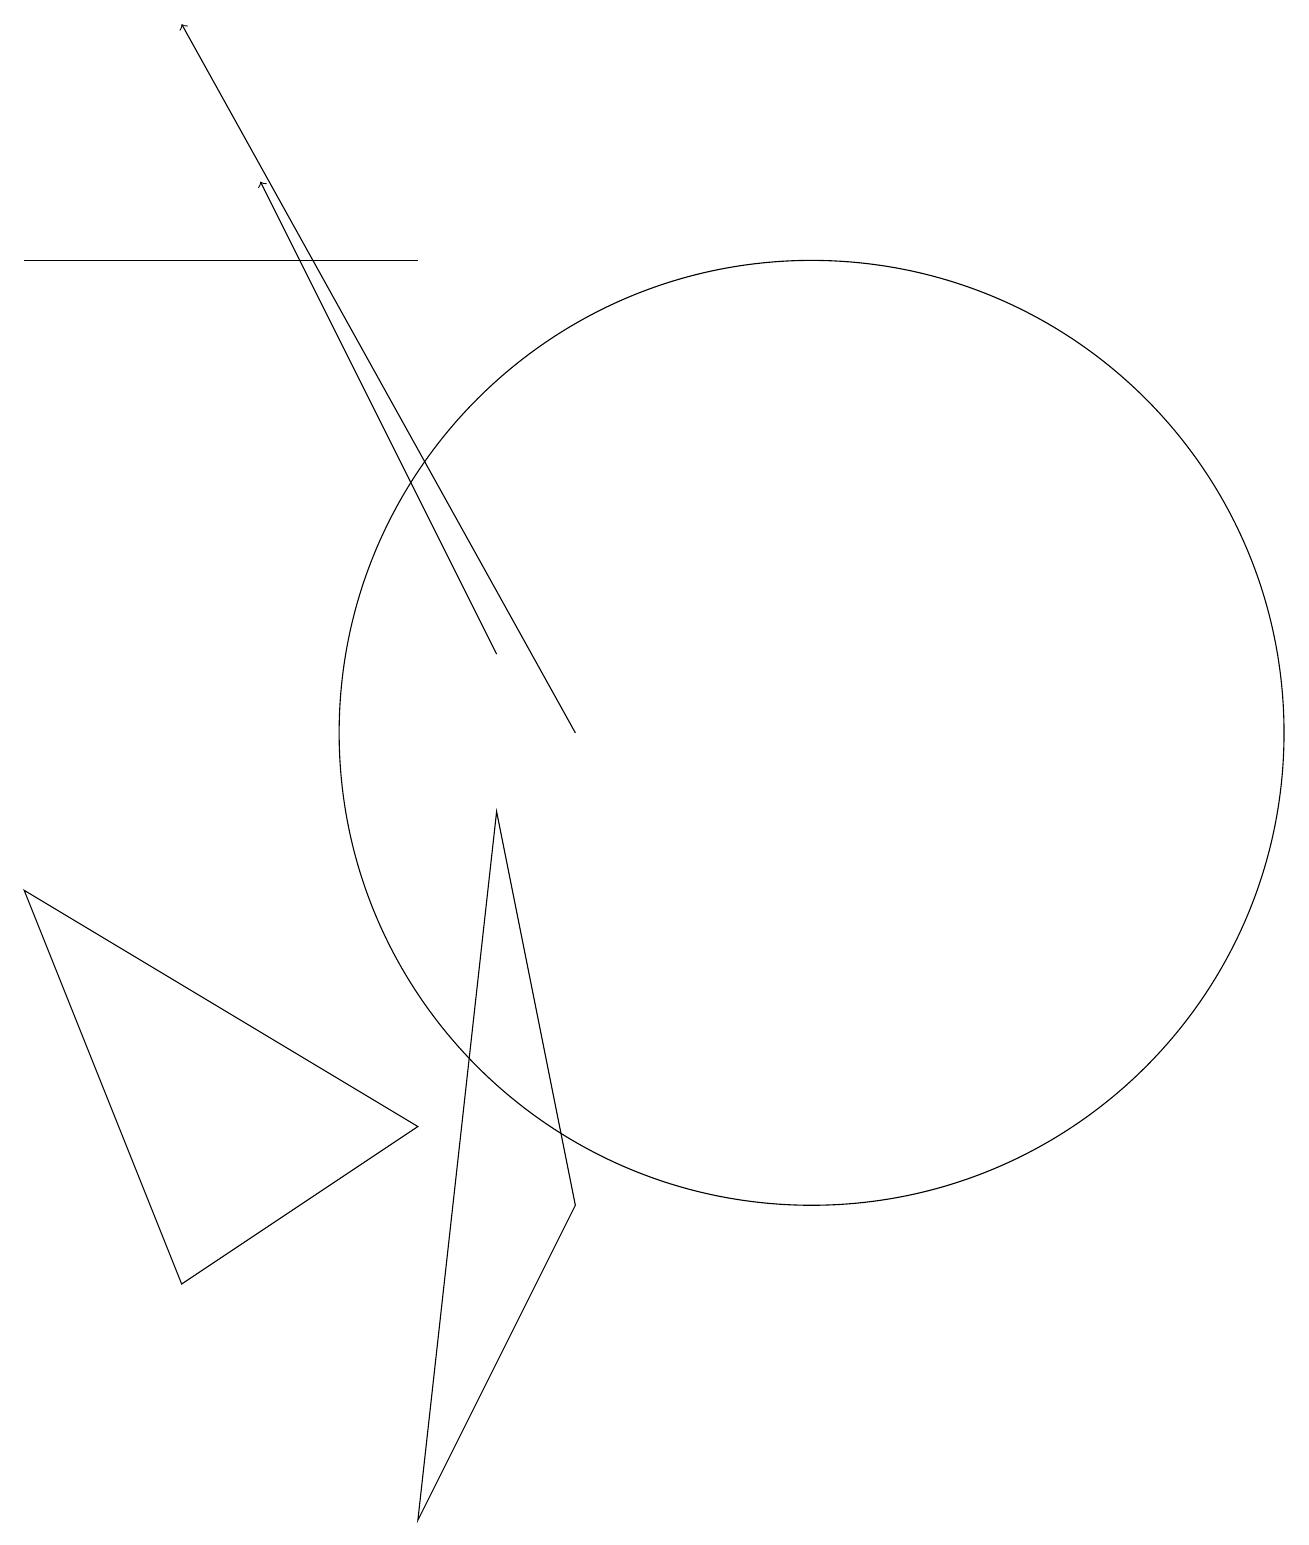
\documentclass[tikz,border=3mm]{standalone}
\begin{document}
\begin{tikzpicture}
\draw (2,8) -- (4,3) -- (7,5) -- cycle;
\draw (7,16) rectangle (2,16);
\draw[->] (8,11) -- (5,17);
\draw[->] (9,10) -- (4,19);
\draw (12,10) circle (6);
\draw (8,9) -- (7,0) -- (9,4) -- cycle;
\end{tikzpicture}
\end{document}